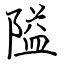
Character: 隘